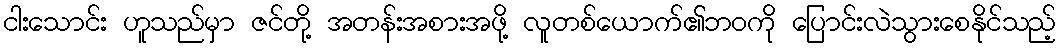
ငါးသောင်း ဟူသည်မှာ ဇင်တို့ အတန်းအစားအဖို့ လူတစ်ယောက်၏ဘဝကို ပြောင်းလဲသွားစေနိုင်သည့်